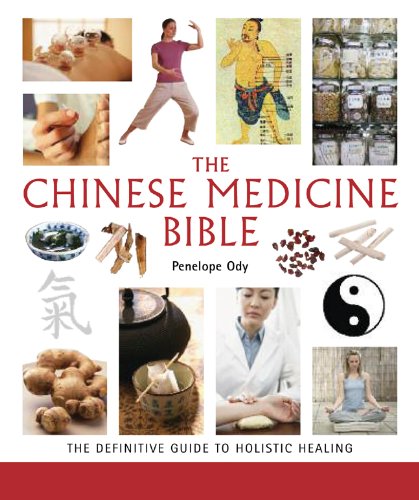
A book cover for The Chinese Medicine Bible: The Definitive Guide to Holistic Healing; Penelope Ody; Health, Fitness & Dieting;